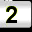
Digit: 2